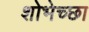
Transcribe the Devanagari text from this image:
शोभेच्छा